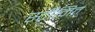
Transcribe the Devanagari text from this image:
स्ट्रीमित